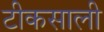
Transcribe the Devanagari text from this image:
टीकसाली